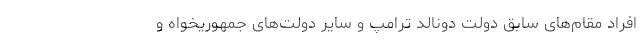
افراد مقام‌های سابق دولت دونالد ترامپ و سایر دولت‌های جمهوریخواه و